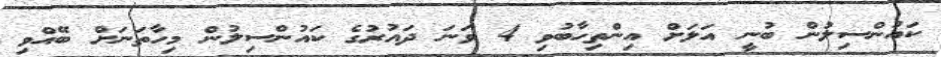
ކައުންސިލުން ބުނީ އަލަށް އިންތިހާބުވި 4 ވަނަ ދައުރުގެ ކައުންސިލުން މިހާތަނަށް ބޭއްވި